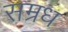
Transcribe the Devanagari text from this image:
सम्रध